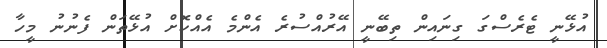
އުޅޭނީ ޓެރެސްގަ ގިނައިން ތިބޭނީ އޭރުއްސުރެ އެންމެ އެއްކޮށް އުޅޭތަން ފެނުނު މީހާ